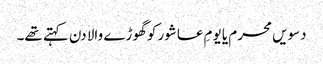
دسویں محرم یا یومِ عاشور کو گھوڑے والا دن کہتے تھے۔